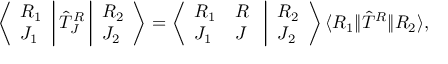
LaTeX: \left\langle \begin{array} { l } { { R _ { 1 } } } \\ { { J _ { 1 } } } \end{array} \right| { \hat { \cal T } } _ { J } ^ { R } \left| \begin{array} { l } { { R _ { 2 } } } \\ { { J _ { 2 } } } \end{array} \right\rangle = \left\langle \begin{array} { l l } { { R _ { 1 } } } & { { R } } \\ { { J _ { 1 } } } & { { J } } \end{array} \right. \left| \begin{array} { l } { { R _ { 2 } } } \\ { { J _ { 2 } } } \end{array} \right\rangle \langle R _ { 1 } \| { \hat { \cal T } } ^ { R } \| R _ { 2 } \rangle ,